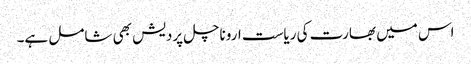
اس میں بھارت کی ریاست اروناچل پردیش بھی شامل ہے۔